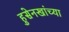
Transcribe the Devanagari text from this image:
हुसेनखांच्या